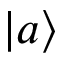
| a \rangle